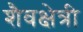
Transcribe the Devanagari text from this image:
शैवक्षेत्री